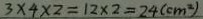
3 \times 4 \times 2 = 1 2 \times 2 = 2 4 ( c m ^ { 2 } )